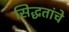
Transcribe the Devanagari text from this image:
सिद्धतांचे